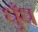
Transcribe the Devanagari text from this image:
धुँध